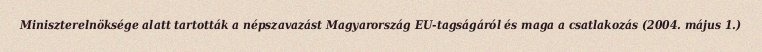
Miniszterelnöksége alatt tartották a népszavazást Magyarország EU-tagságáról és maga a csatlakozás (2004. május 1.)